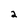
Character: 2